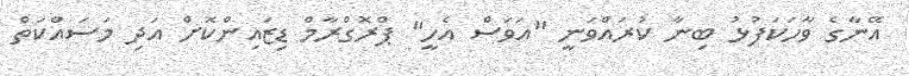
އޭނާގެ ވާހަކަފުޅު ބިނާ ކުރައްވަނީ "އަވަސް އެހީ" ޕްރޮގްރާމް ޑިޒައިންކޮށް އަދި މަސައްކަތް